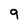
Character: 9